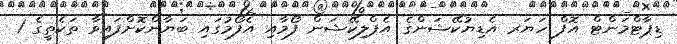
ޑިޕާޓްމަންޓް އޮފް ހަޔަރ އެޑިޔުކޭޝަންގެ އެޕްލިކޭޝަން ފޯމާއި އެފޯމުގައި ބަޔާންކޮށްފައިވާ ތަކެތީގެ 1